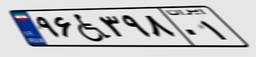
۸۶W۰۷۱۶۸